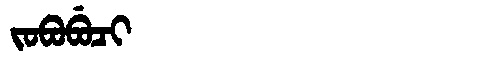
Manchu: ᠵᠣᠪᠣᠪᡠᠴᡳ
Romanization: JOBOBUCI